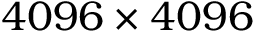
4 0 9 6 \times 4 0 9 6